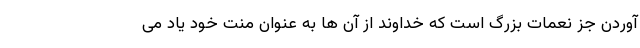
آوردن جز نعمات بزرگ است که خداوند از آن ها به عنوان منت خود یاد می